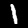
Digit: 1